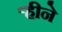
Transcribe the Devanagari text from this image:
ऱ्हीने